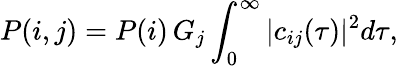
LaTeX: P(i,j)=P(i)\, G_{j}\int_{0}^{\infty}|c_{ij}(\tau)|^{2}d\tau,